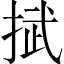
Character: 𢯞